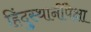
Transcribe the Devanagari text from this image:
हिंदुस्थानींपेक्षा